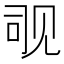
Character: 𬢊